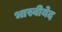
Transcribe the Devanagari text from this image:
भास्वीयेद